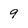
Character: 9